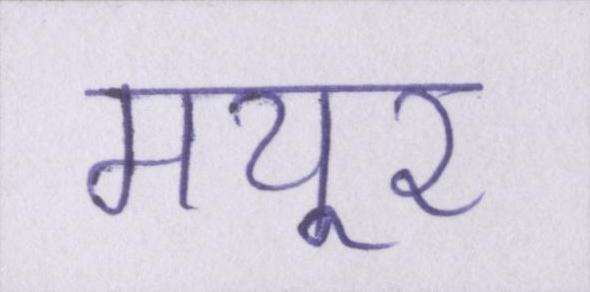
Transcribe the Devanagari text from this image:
मयूर